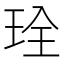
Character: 㻇